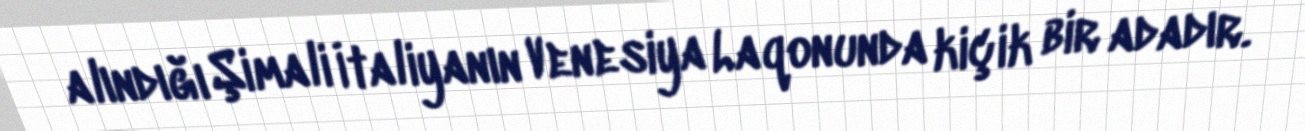
alındığı Şimali İtaliyanın Venesiya Laqonunda kiçik bir adadır.